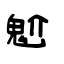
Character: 魀